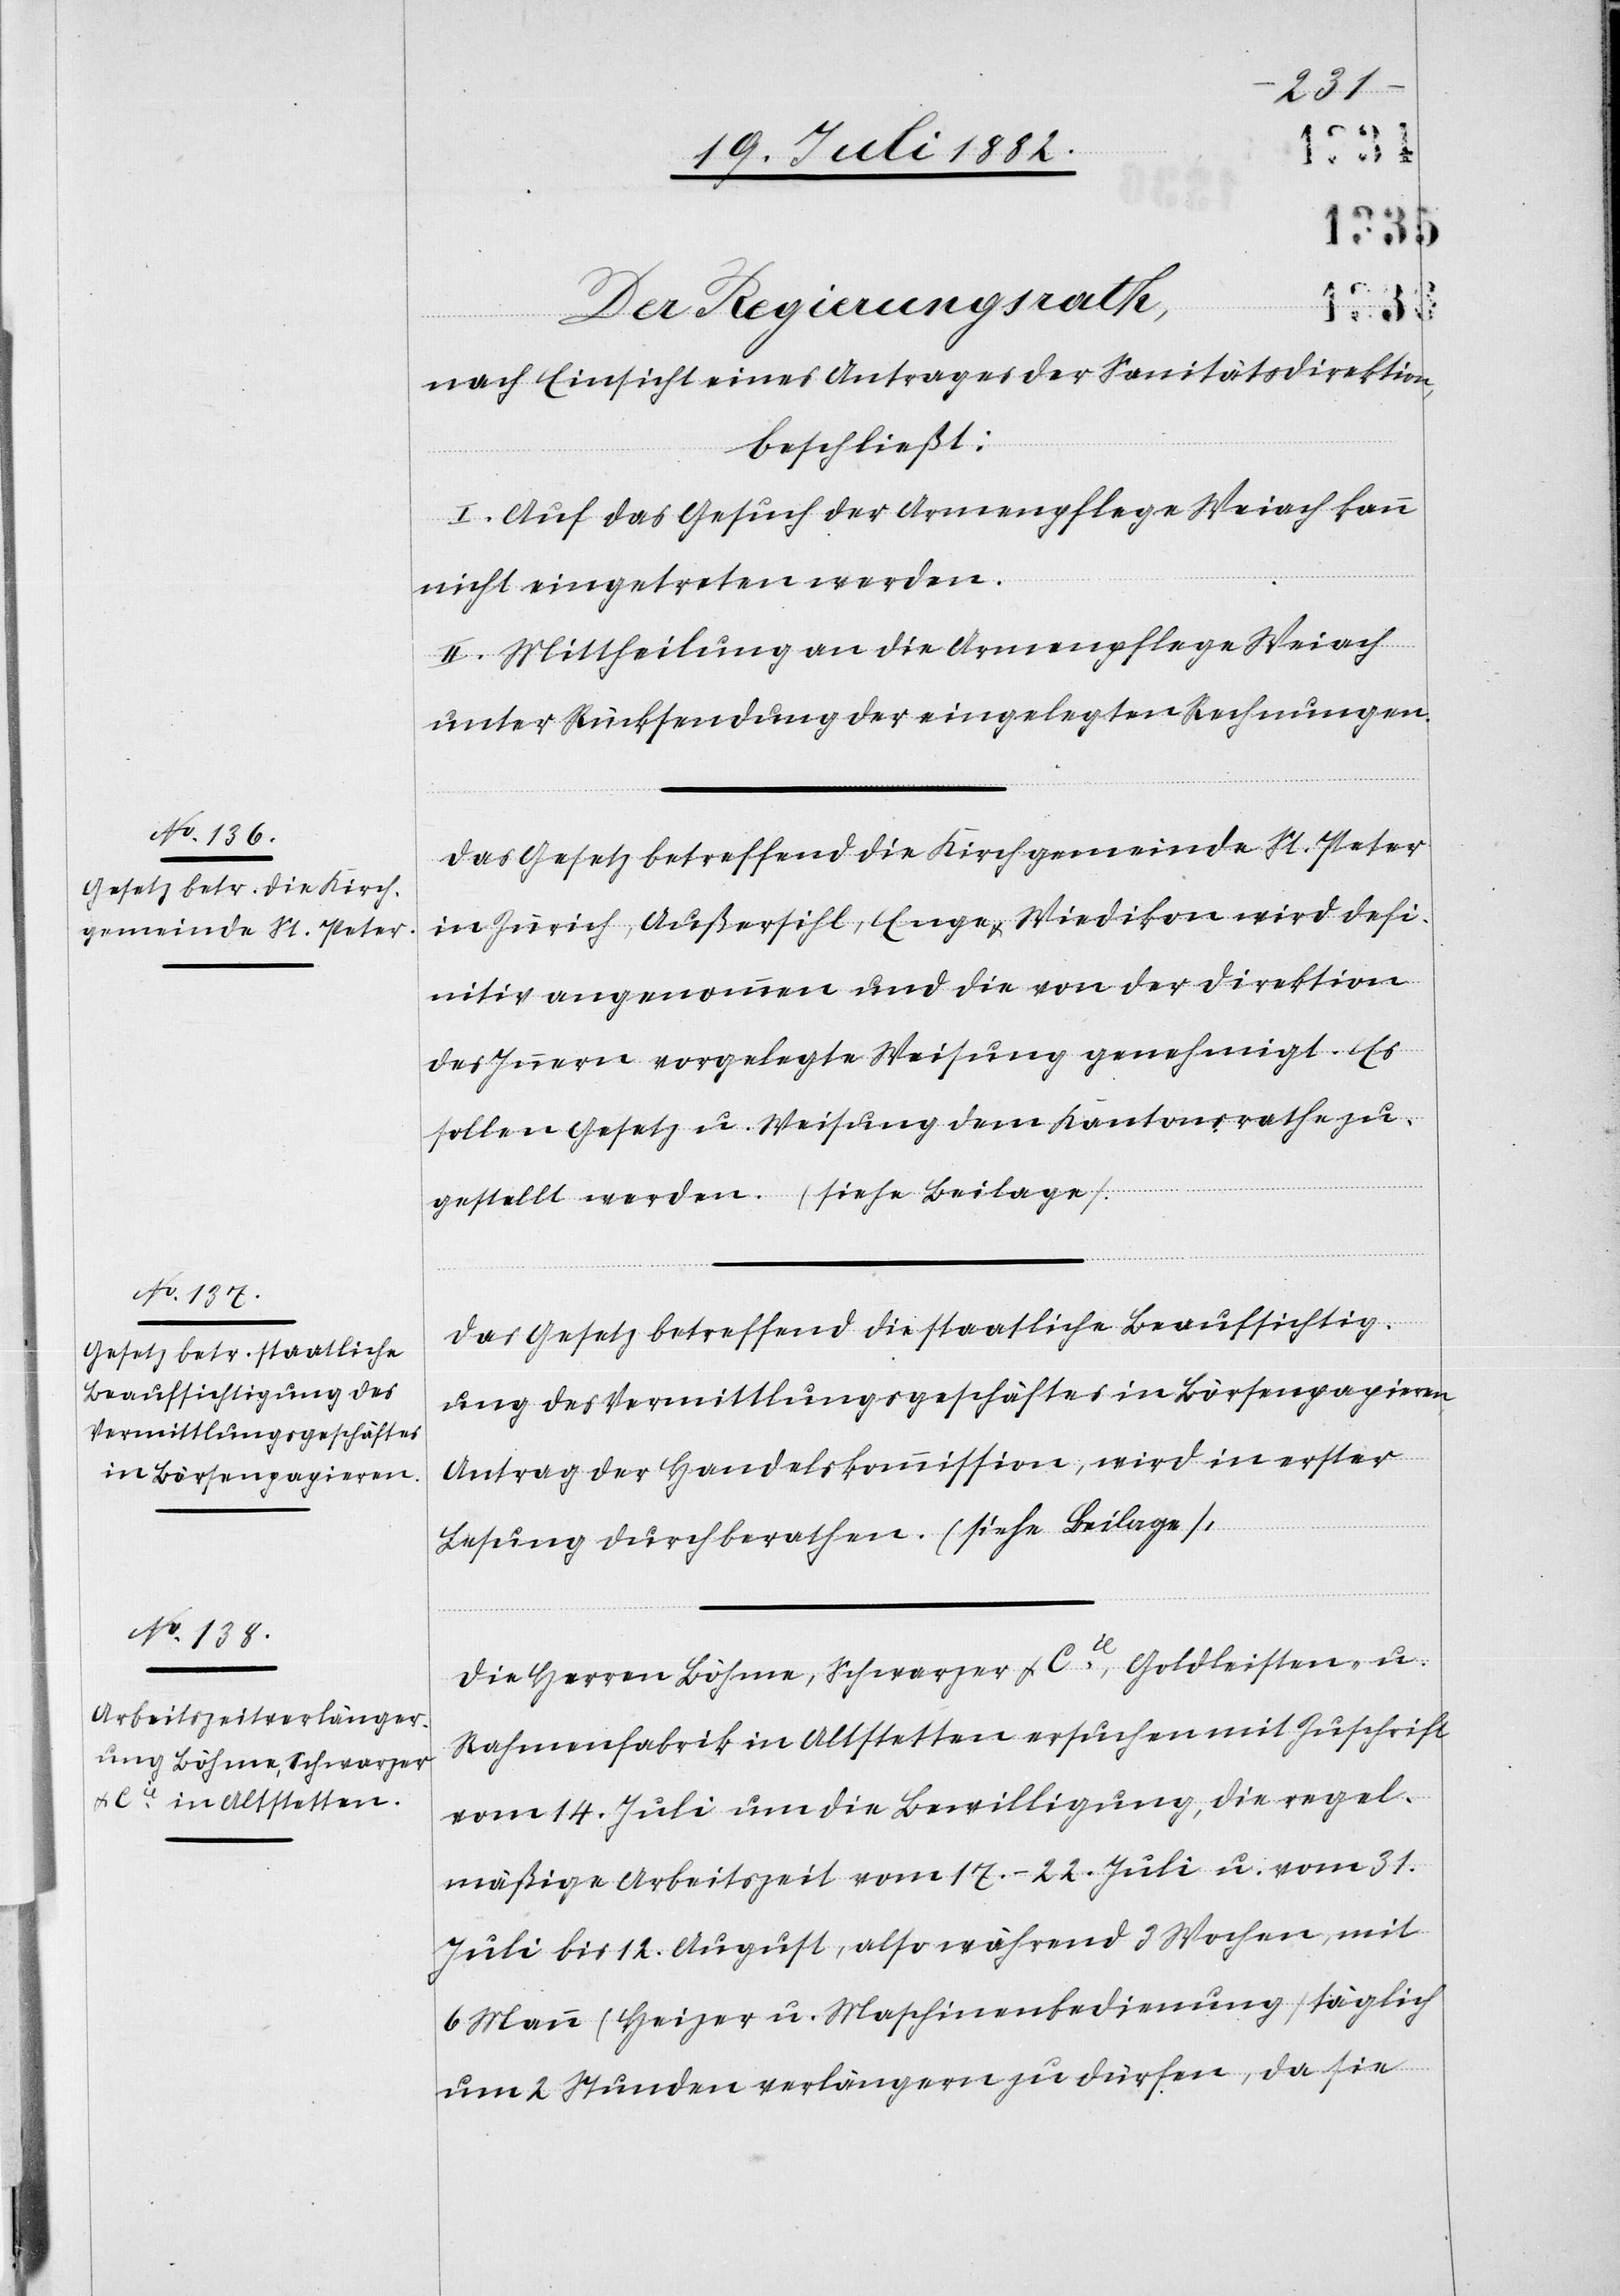
Der Regierungsrath,
nach Einsicht eines Antrages der Sanitätsdirektion,
beschließt:
I. Auf das Gesuch der Armenpflege Weiach kann
nicht eingetreten werden.
II. Mittheilung an die Armenpflege Weiach
unter Rücksendung der eingelegten Rechnungen.
Das Gesetz betreffend die Kirchgemeinde St. Peter
in Zürich, Außersihl, Enge & Wiedikon wird defi¬
nitiv angenommen und die von der Direktion
des Innern vorgelegte Weisung genehmigt. Es
sollen Gesetz u. Weisung dem Kantonsrathe zu¬
gestellt werden. (s. Beilage).
Das Gesetz betreffend die staatliche Beaufsichtig¬
ung des Vermittlungsgeschäftes in Börsenpapieren,
Antrag der Handelskommission, wird in erster
Lesung durchberathen. (siehe Beilage).
Die Herren Böhme, Schwarzer & Cie, Goldleisten- u.
Rahmenfabrik in Altstetten ersuchen mit Zuschrift
vom 14. Juli um die Bewilligung, die regel¬
mäßige Arbeitszeit vom 17.–22. Juli u. vom 31.
Juli bis 12. August, also während 3 Wochen, mit
6 Mann (Heizer u. Maschinenbedienung) täglich
um 2 Stunden verlängern zu dürfen, da sie